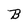
Character: B